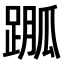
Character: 𨃆